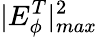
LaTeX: |E_{\phi}^{T}|_{max}^{2}